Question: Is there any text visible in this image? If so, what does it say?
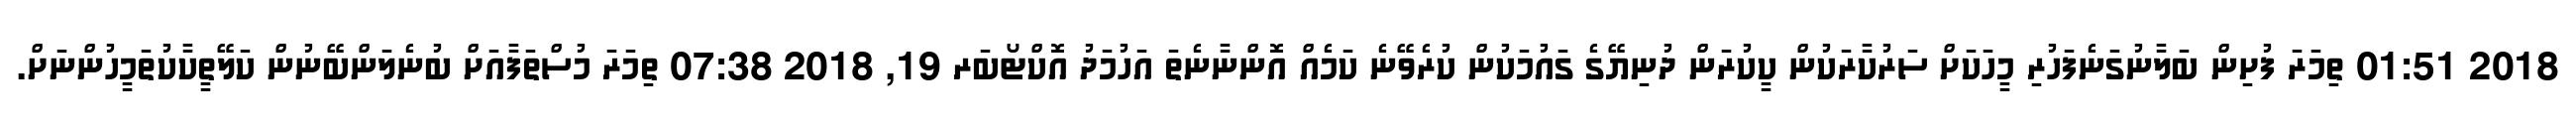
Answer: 2018 01:51 ތިމަރަ ފުށިން ބަލާނުގަނެފަހުރި މީހަކަށް ސަރުކާރަކުން ކީކުރަން ދުނިޔޭގެ ގައުމަކުން ކުރެވޭނެ ކަމެއް އޮންނާނެތަ އަހުމަދު އޮކްޓޯބަރ 19, 2018 07:38 ތިމަރަ މުސްތަފާއަށް ބުނެލަންބޭނުން ކަލޭތީކާކުތަމީހުންނަށް.